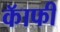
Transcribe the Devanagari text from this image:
कॅाफी